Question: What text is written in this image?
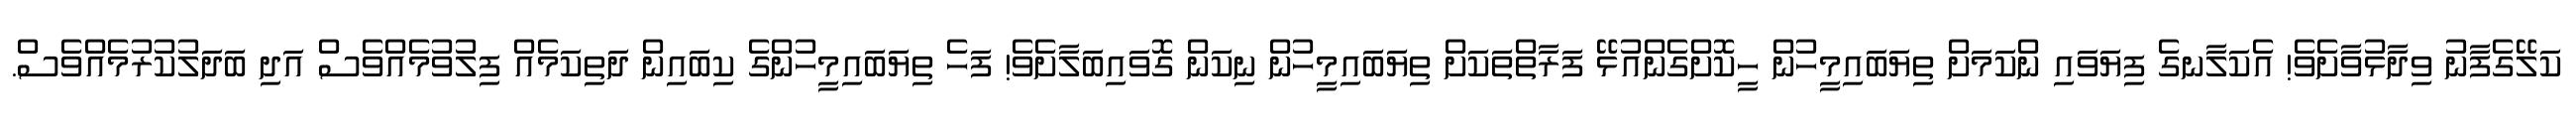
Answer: ކަލޭގެފާނު ވިދާޅުވާށެވެ! އެކަލާނގެ ފިޔަވައި ންކަމަށް ތިޔަބައިމީހުން ހީކޮށްގެންއުޅޭ ފަރާތްތަކަށް ތިޔަބައިމީހުން ނިކަން ގޮވައިބަލާށެވެ! ފަހެ ތިޔަބައިމީހުންގެ ކިބައިން ދަތިކަމެއް ފިލުވުމެއްވެސް އަދި ބަދަލުކުރުމެއްވެސް.